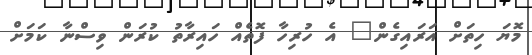
މޮޔަ ހިތަށް އަރައިގެން" އެ ހުރިހާ ފޮތެއް ހައިރާތު ކުރަން ވިސްނާ ކަމަށް